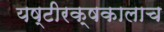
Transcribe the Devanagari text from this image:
यष्टीरक्षकालाच